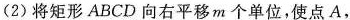
(2)将矩形ABCD向右平移m个单位，使点A，